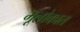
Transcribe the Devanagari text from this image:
भूलोकात